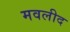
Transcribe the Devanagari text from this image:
मवलीद